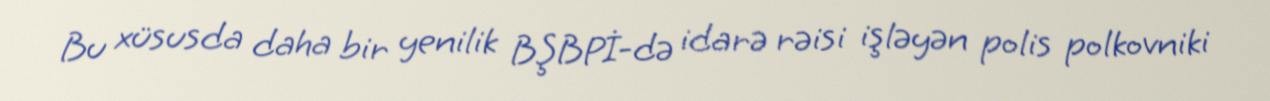
Bu xüsusda daha bir yenilik BŞBPİ-də idarə rəisi işləyən polis polkovniki